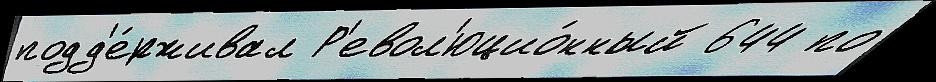
подд'е́рживал Р'евол'юцио́нный 644 по